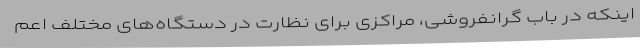
اینکه در باب گرانفروشی، مراکزی برای نظارت در دستگاه‌های مختلف اعم